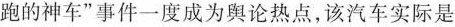
跑的神车”事件一度成为舆论热点，该汽车实际是